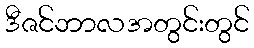
ဒီဇင်ဘာလအတွင်းတွင်